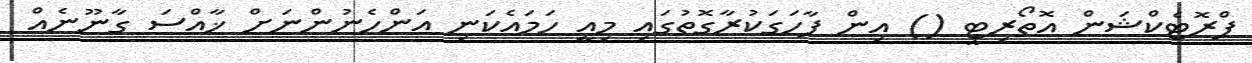
ޕްރޮޓެކްޝަން އޮތޯރިޓީ () އިން ފާހަގަކުރާގޮތުގައި މިއީ ހަމައެކަނި އަންހެނުންނަށް ޚާއްސަ ގާނޫނެއް